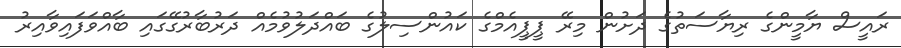
ރައީސް ޔާމީންގެ ރިޔާސަތުގެ ދަށުން މިރޭ ޕީޕީއެމްގެ ކައުންސިލުގެ ބައްދަލުވުމެއް ދަރުބާރުގޭގައި ބާއްވަފައިވާއިރު